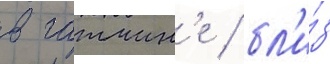
в гатчин'е / бл'и́з